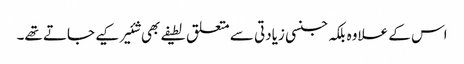
اس کے علاوہ بلکہ جنسی زیادتی سے متعلق لطیفے بھی شئیر کیے جاتے تھے۔